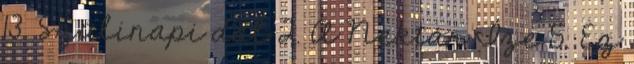
13. Szülinapi dal 2. A Nektár Íze 5. Ez